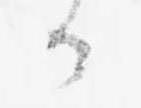
可